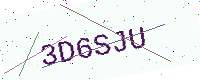
Text: 3D6SJU